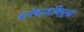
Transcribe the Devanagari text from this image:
कर्मकाडविमुख